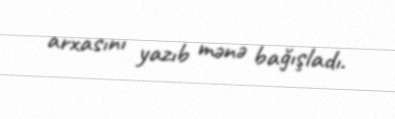
arxasını yazıb mənə bağışladı.